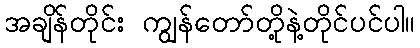
အချိန်တိုင်း ကျွန်တော်တို့နဲ့တိုင်ပင်ပါ။